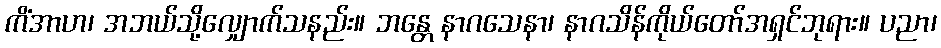
ကိံအာဟ၊ အဘယ်သို့လျှောက်သနည်း။ ဘန္တေ နာဂသေနာ၊ နာဂသိန်ကိုယ်တော်အရှင်ဘုရား။ ပညာ၊